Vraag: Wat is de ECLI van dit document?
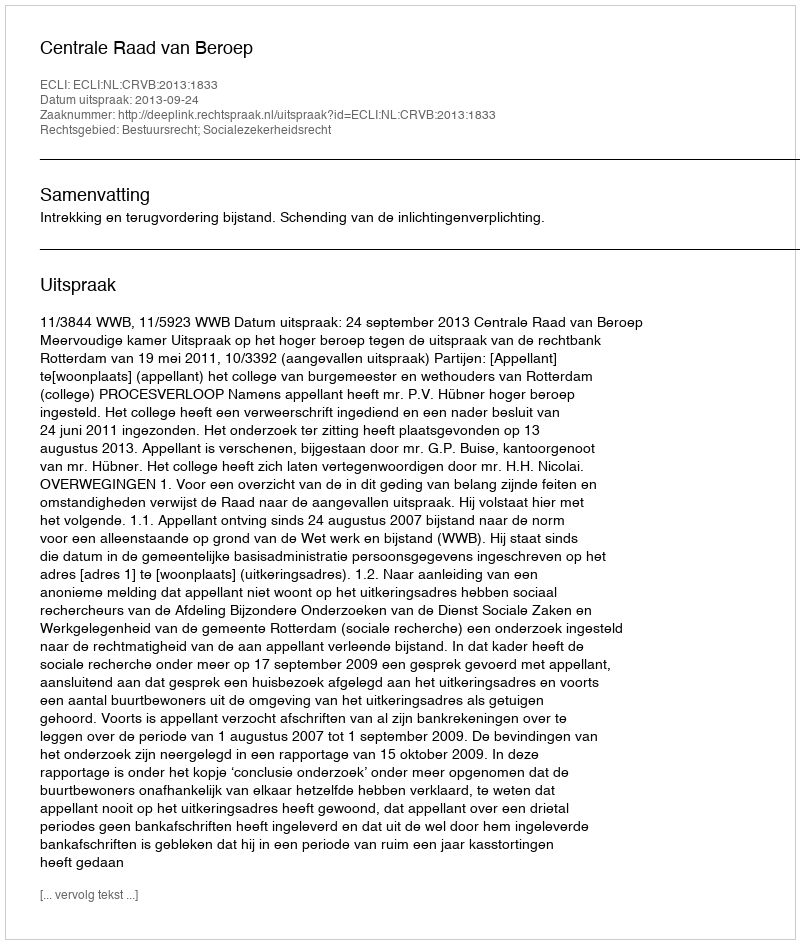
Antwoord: ECLI:NL:CRVB:2013:1833